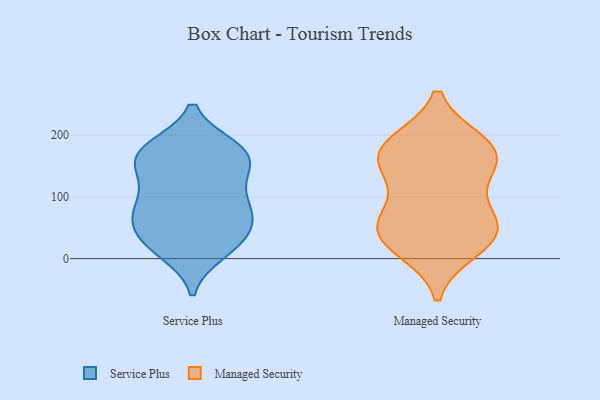
{"axis": {"x": "Website Visitors", "y": "Value"}, "legend": ["Managed Security", "Service Plus"], "data": [{"x": "", "y": 126, "type": "Service Plus"}, {"x": "", "y": 175, "type": "Service Plus"}, {"x": "", "y": 18, "type": "Service Plus"}, {"x": "", "y": 71, "type": "Service Plus"}, {"x": "", "y": 144, "type": "Service Plus"}, {"x": "", "y": 179, "type": "Service Plus"}, {"x": "", "y": 81, "type": "Service Plus"}, {"x": "", "y": 77, "type": "Service Plus"}, {"x": "", "y": 113, "type": "Service Plus"}, {"x": "", "y": 28, "type": "Service Plus"}, {"x": "", "y": 48, "type": "Service Plus"}, {"x": "", "y": 27, "type": "Service Plus"}, {"x": "", "y": 62, "type": "Service Plus"}, {"x": "", "y": 168, "type": "Service Plus"}, {"x": "", "y": 173, "type": "Service Plus"}, {"x": "", "y": 156, "type": "Service Plus"}, {"x": "", "y": 11, "type": "Service Plus"}, {"x": "", "y": 83, "type": "Service Plus"}, {"x": "", "y": 174, "type": "Service Plus"}, {"x": "", "y": 58, "type": "Managed Security"}, {"x": "", "y": 175, "type": "Managed Security"}, {"x": "", "y": 186, "type": "Managed Security"}, {"x": "", "y": 52, "type": "Managed Security"}, {"x": "", "y": 130, "type": "Managed Security"}, {"x": "", "y": 72, "type": "Managed Security"}, {"x": "", "y": 39, "type": "Managed Security"}, {"x": "", "y": 17, "type": "Managed Security"}, {"x": "", "y": 31, "type": "Managed Security"}, {"x": "", "y": 165, "type": "Managed Security"}, {"x": "", "y": 181, "type": "Managed Security"}, {"x": "", "y": 154, "type": "Managed Security"}]}